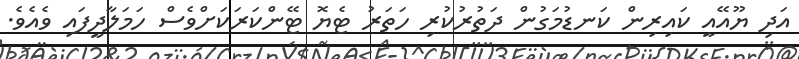
އަދި ޔޫއޭއީ ކައިރިން ކަނޑުމަގުން ދަތުރުކުރި ހަތަރު ޓެޔޮ ޓޭންކަރަކަށްވެސް ހަމަލާދީފައި ވެއެވެ.